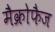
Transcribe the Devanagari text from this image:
मैक्रोफैज